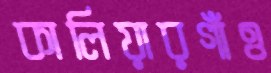
কালিয়ারগাঁও